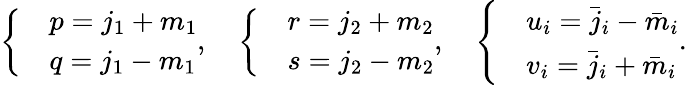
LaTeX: \left\{ \begin{array}{ll}&{p=j_{1}+m_{1}}\\ &{q=j_{1}-m_{1}}\end{array}\right.,\quad\left\{ \begin{array}{ll}&{r=j_{2}+m_{2}}\\ &{s=j_{2}-m_{2}}\end{array}\right.,\quad\left\{ \begin{array}{ll}&{u_{i}=\bar{j}_{i}-\bar{m}_{i}}\\ &{v_{i}=\bar{j}_{i}+\bar{m}_{i}}\end{array}\right..